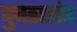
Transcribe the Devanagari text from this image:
पुच्छखंड